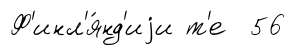
Ф'инл'я́нд'иjи т'е 56